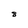
Character: 8